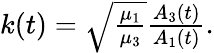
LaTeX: \begin{array}{r}{k(t)=\sqrt{\frac{\mu_{1}}{\mu_{3}}}\frac{A_{3}(t)}{A_{1}(t)}.}\end{array}